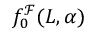
f _ { 0 } ^ { \mathcal { F } } ( L , \alpha )